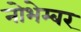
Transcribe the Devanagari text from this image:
नोभेम्बर